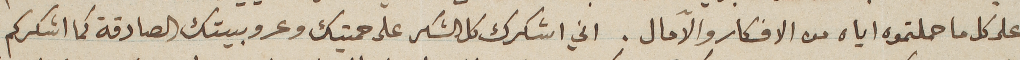
على كل ما حملتموه اياه من الافكار والآمال. اني اشكرك كل الشكر على حميتك وعروبيتك الصادقة كما اشكركم